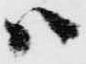
ハ